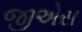
જીએસ